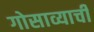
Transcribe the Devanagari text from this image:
गोसाव्याची